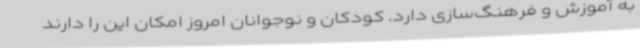
به آموزش و فرهنگ‌سازی دارد. کودکان و نوجوانان امروز امکان این را دارند